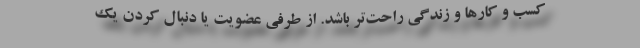
کسب و کارها و زندگی راحت‌تر باشد. از طرفی عضویت یا دنبال‌ کردن یک